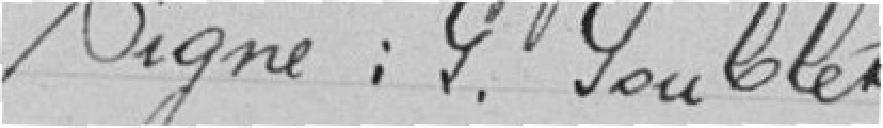
Signé : G. GOUBLET